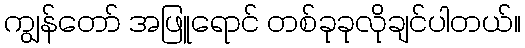
ကျွန်တော် အဖြူရောင် တစ်ခုခုလိုချင်ပါတယ်။